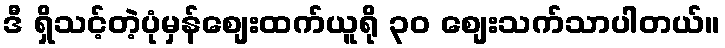
ဒီ ရှိသင့်တဲ့ပုံမှန်စျေးထက်ယူရို ၃၀ စျေးသက်သာပါတယ်။